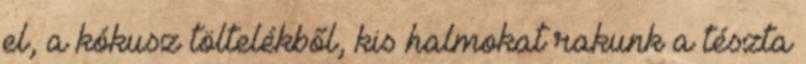
el, a kókusz töltelékből, kis halmokat rakunk a tészta